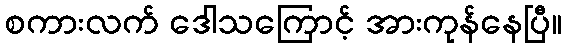
စကားလက် ဒေါသကြောင့် အားကုန်နေပြီ။